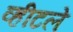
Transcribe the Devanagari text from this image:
व्हीटले